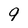
Character: 9